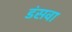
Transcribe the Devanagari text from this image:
डंसवा